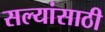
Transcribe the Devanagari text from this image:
सल्यांसाठी